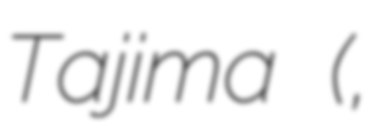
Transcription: Tajima (但馬国秋山,